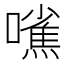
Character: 𱕘